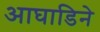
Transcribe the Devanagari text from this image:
आघाडिने